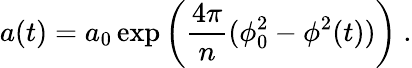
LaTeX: a(t)=a_{0}\exp\left({\frac{4\pi}{n}}(\phi_{0}^{2}-\phi^{2}(t))\right)\ .